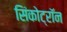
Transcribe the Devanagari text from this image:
सिंकोट्रॉन